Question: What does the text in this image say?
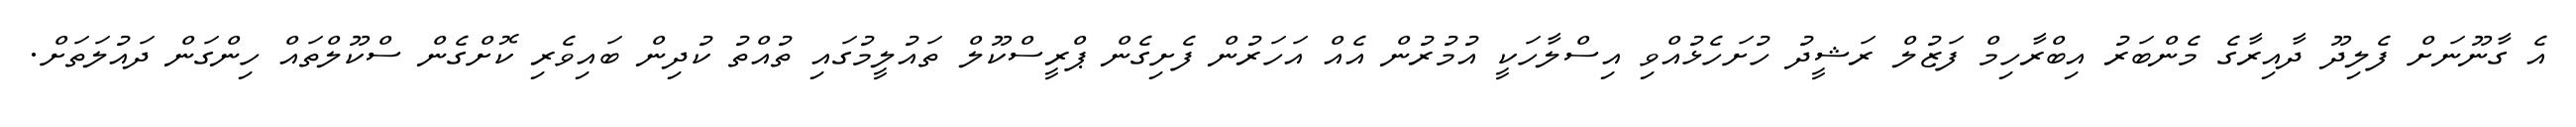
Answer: އެ ގާނޫނަށް ފެލިދޫ ދާއިރާގެ މެންބަރު އިބްރާހިމް ފަޒުލް ރަޝީދު ހުށަހެޅުއްވި އިސްލާހަކީ އުމުރުން އެއް އަހަރުން ފެށިގެން ޕްރީސްކޫލް ތައުލީމުގައި ތުއްތު ކުދިން ބައިވެރި ކޮށްގެން ސްކޫލްތައް ހިންގަން ދައުލަތަށް.